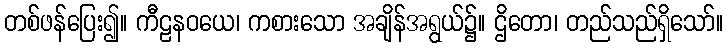
တစ်ဖန်ပြေး၍။ ကီဠနဝယေ၊ ကစားသော အချိန်အရွယ်၌။ ဌိတော၊ တည်သည်ရှိသော်။